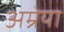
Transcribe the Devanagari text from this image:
अम्रेया